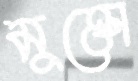
মুক্তো